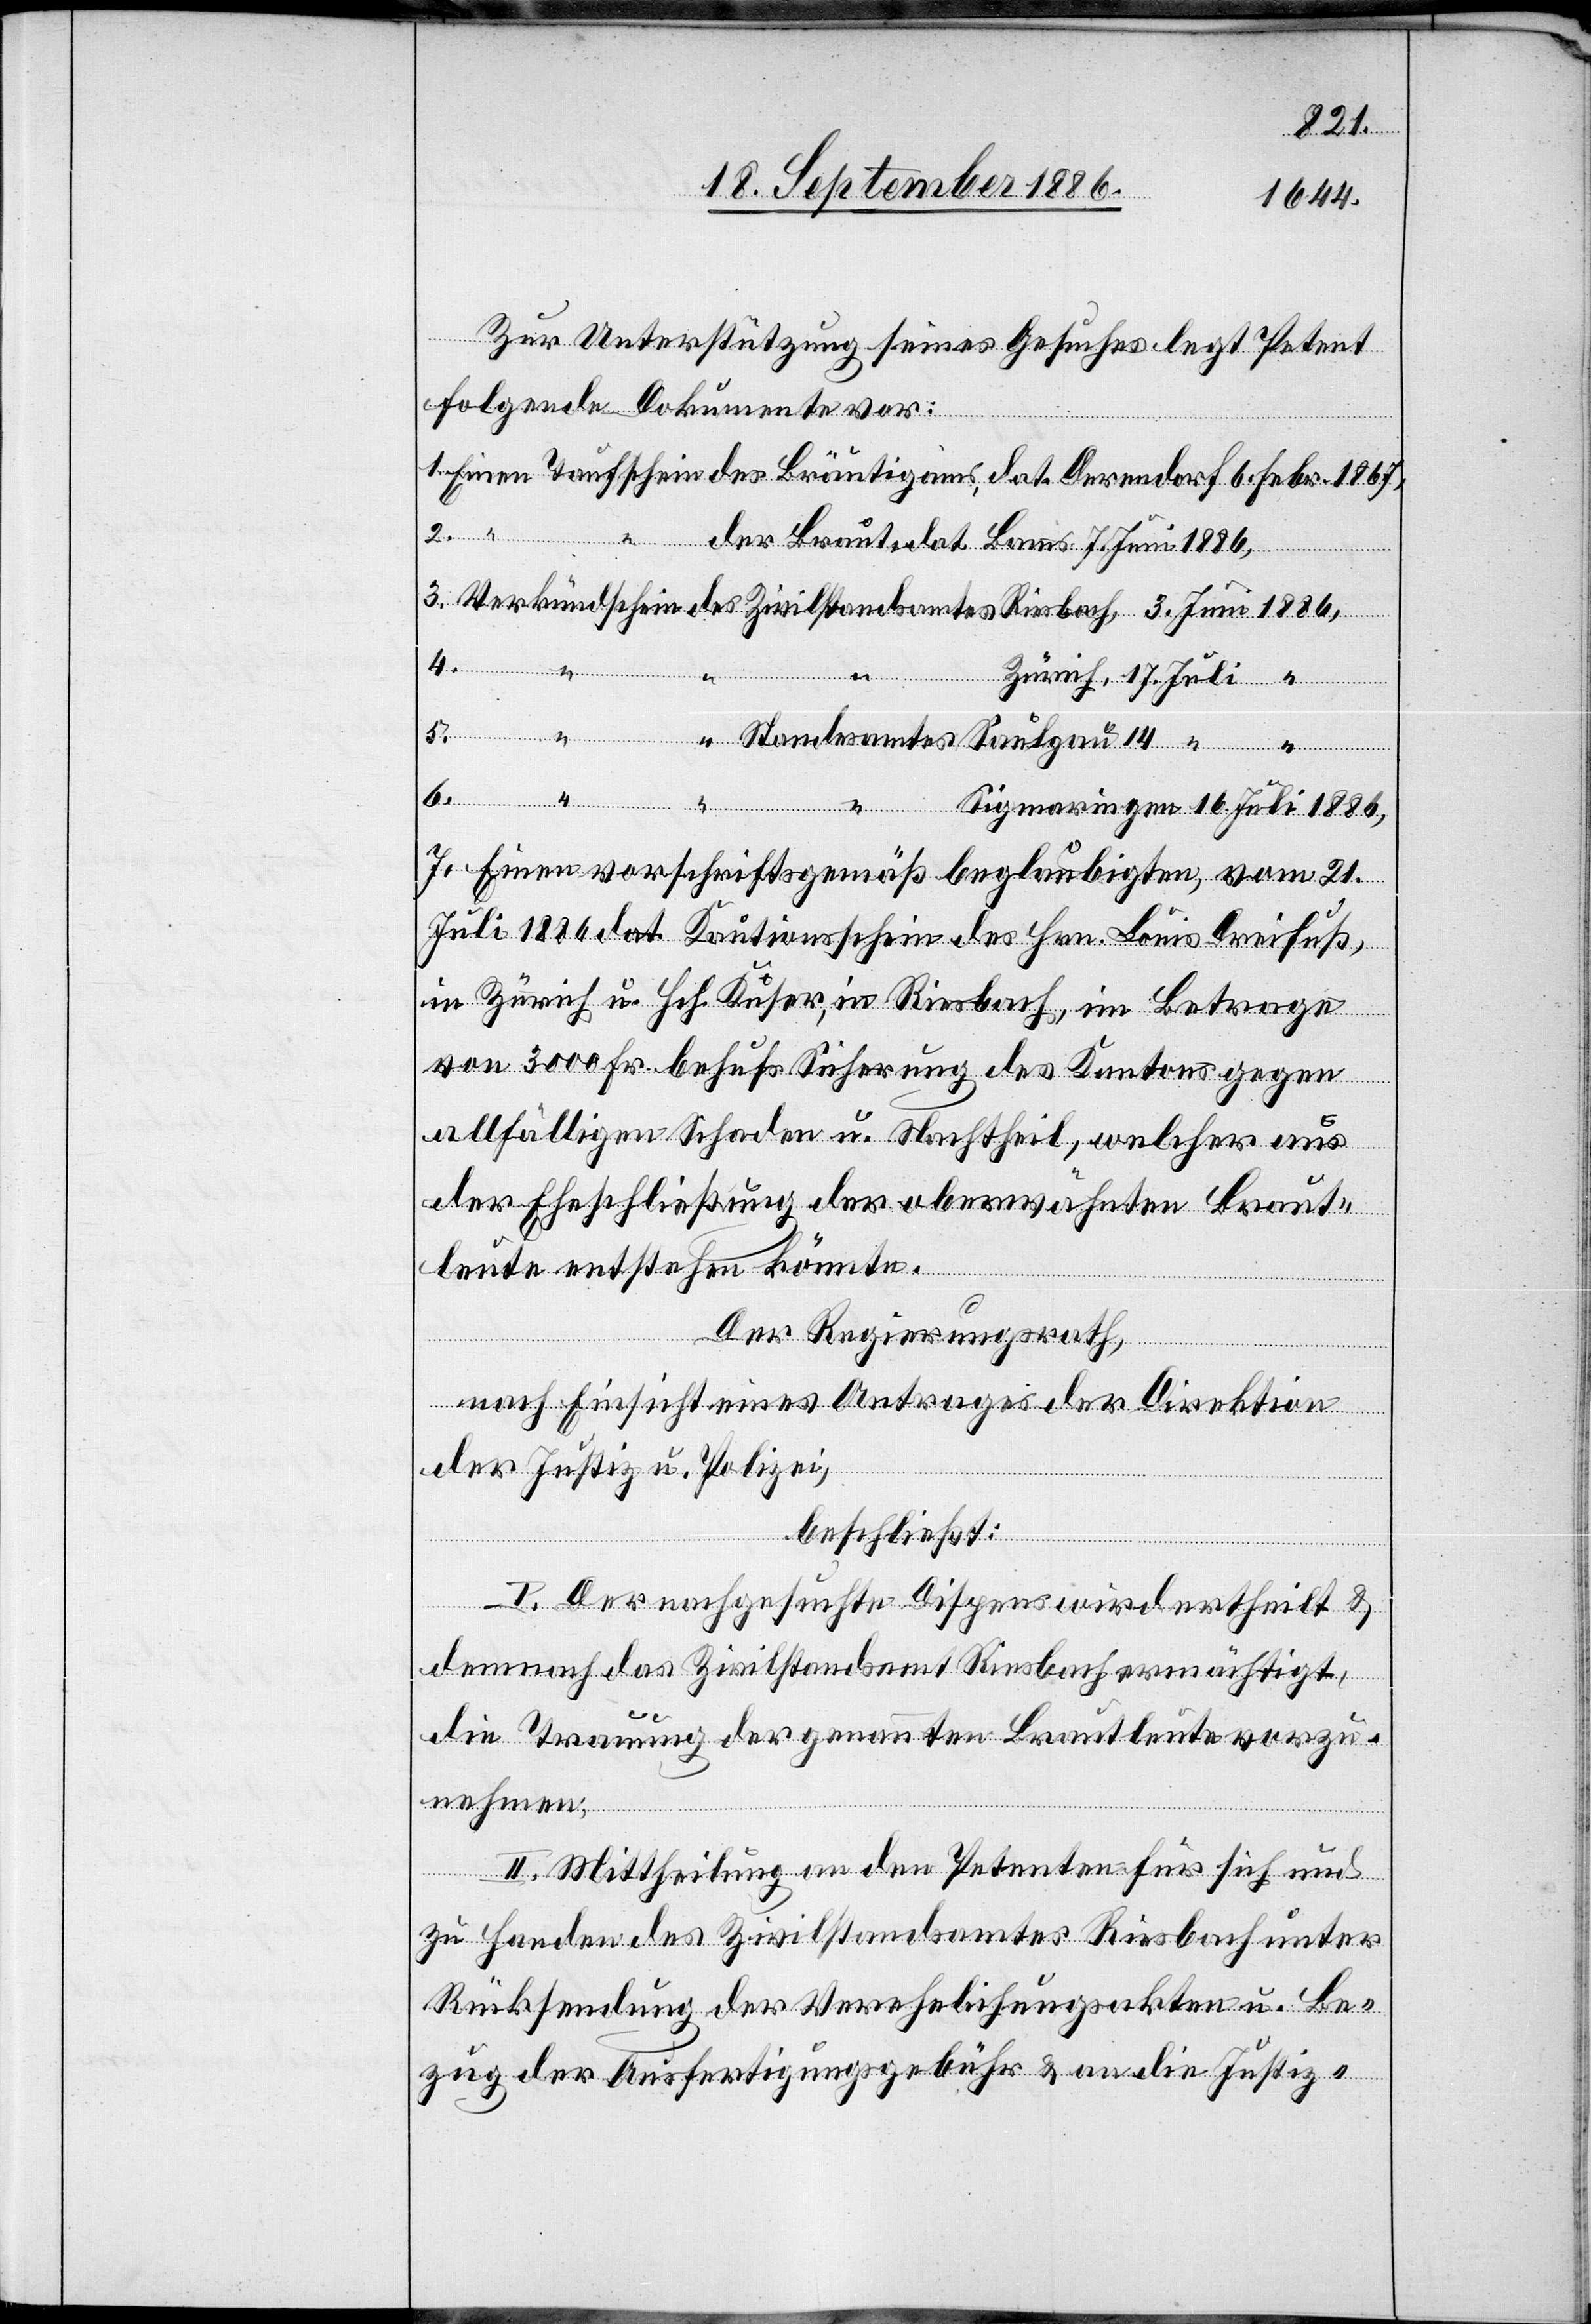
1886,
Zur Unterstützung seines Gesuches legt Petent
folgende Dokumente vor:
des
Braut,
14.
gen
16.
Standesamtes
7. Einen vorschriftsgemäß beglaubigten, vom 21.
Juli 1886 dat. Kautionsschein des Hrn. Louis Dreifuß,
in Zürich u. Hch. Kuser, in Riesbach, im Betrage
von 3000 Fr. behufs Sicherung des Kantons gegen
allfälligen Schaden u. Nachtheil, welcher aus
der Eheschließung der oberwähnten Braut¬
Saulgau
leute entstehen könnte.
Der Regierungsrath,
nach Einsicht eines Antrages der Direktion
der Justiz u. Polizei,
beschließt:
I. Der nachgesuchte Dispens wird ertheilt &
demnach das Zivilstandsamt Riesbach ermächtigt,
die Trauung der genannten Brautleute vorzu¬
nehmen.
Sigmarin¬
II. Mittheilung an den Petenten für sich und
zu Handen des Zivilstandsamtes Riesbach unter
Rücksendung der Verehelichungsakten u. Be¬
zug der Ausfertigungsgebühr & an die Justiz-